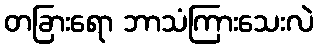
တခြားရော ဘာသံကြားသေးလဲ